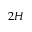
2 H